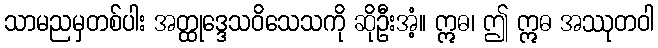
သာမညမှတစ်ပါး အတ္ထုဒ္ဒေသဝိသေသကို ဆိုဦးအံ့။ ဣဓ၊ ဤ ဣဓ အဿုတဝါ